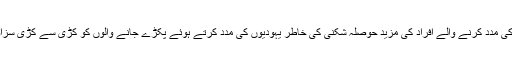
نازیوں نے یہودیوں کی مدد کرنے والے افراد کی مزید حوصلہ شکنی کی خاطر یہودیوں کی مدد کرتے ہوئے پکڑے جانے والوں کو کڑی سے کڑی سزاؤں کی دھمکیاں دیں۔